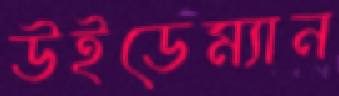
উইডেম্যান